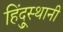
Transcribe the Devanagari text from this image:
हिंदूुस्थानी